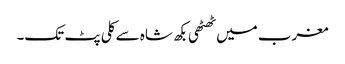
مغرب میں ٹھٹھی بکھ شاہ سے کلی پٹ تک۔